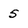
Character: 5